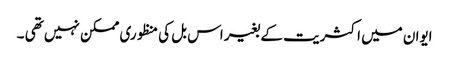
ایوان میں اکثریت کے بغیر اس بل کی منظوری ممکن نہیں تھی ۔